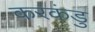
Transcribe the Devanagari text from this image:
करकंडु